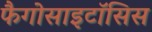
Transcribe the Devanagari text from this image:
फैगोसाइटॉसिस